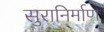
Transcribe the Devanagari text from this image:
सुरानिर्माण